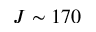
J \sim 1 7 0